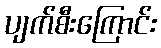
ပျက်စီးကြောင်း